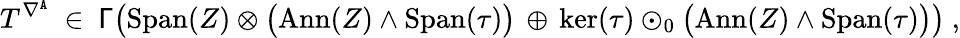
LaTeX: T^{\nabla^{\mathtt{A}}}\ \in\ \mathsf{\Gamma}\big(\mathrm{Span}(Z)\otimes\big(\mathrm{Ann}(Z)\wedge\mathrm{Span}(\tau)\big)\, \oplus\, \ker(\tau)\odot_{0}\bigl(\mathrm{Ann}(Z)\wedge\mathrm{Span}(\tau)\bigr)\big)\ ,